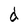
Character: d